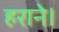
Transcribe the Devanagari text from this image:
हराने।